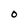
Character: O